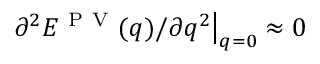
\partial ^ { 2 } E ^ { \mathrm { ~ P ~ V ~ } } ( q ) / \partial q ^ { 2 } \big | _ { q = 0 } \approx 0